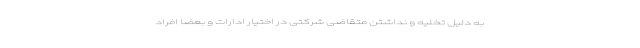
به دلیل تخلیه و نداشتن متقاضی شرکتی در اختیار ادارات و بعضاً افراد